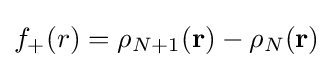
f_{+}(r)=\rho _{N+1}({\textbf {r}})-\rho _{N}({\textbf {r}})